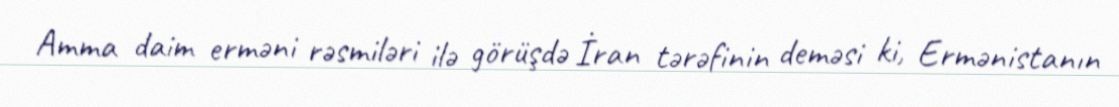
Amma daim erməni rəsmiləri ilə görüşdə İran tərəfinin deməsi ki, Ermənistanın